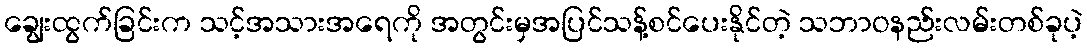
ချွေးထွက်ခြင်းက သင့်အသားအရေကို အတွင်းမှအပြင်သန့်စင်ပေးနိုင်တဲ့ သဘာဝနည်းလမ်းတစ်ခုပဲ့